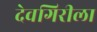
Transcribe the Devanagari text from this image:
देवगिरीला